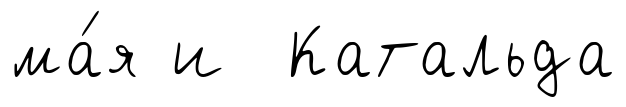
ма́я и Катальда